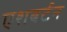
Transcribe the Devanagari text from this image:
एशबर्टन